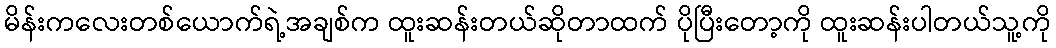
မိန်းကလေးတစ်ယောက်ရဲ့အချစ်က ထူးဆန်းတယ်ဆိုတာထက် ပိုပြီးတော့ကို ထူးဆန်းပါတယ်သူ့ကို